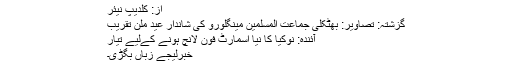
از: کلدیپ نیئر
گزشتہ: تصاویر: بھٹکلی جماعت المسلمین مینگلورو کی شاندار عید ملن تقریب
آئندہ: نوکیا کا نیا اسمارٹ فون لانچ ہونے کےلیے تیار
خبرلیجے زباں بگڑی۔